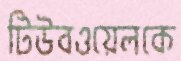
টিউবওয়েলকে